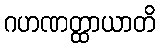
ဂဟဏတ္ထာယာတိ